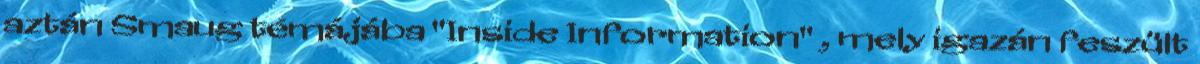
aztán Smaug témájába "Inside Information" , mely igazán feszült